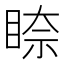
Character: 𥇧